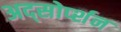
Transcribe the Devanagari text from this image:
अद्सोर्प्शन